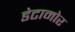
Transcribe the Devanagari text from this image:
डेटामोर